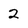
Character: 2